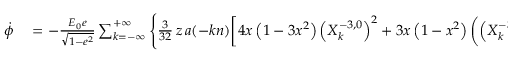
\begin{array} { r l } { \dot { \phi } } & { { } = - \frac { { \cal E } _ { 0 } e } { \sqrt { 1 - e ^ { 2 } } } \sum _ { k = - \infty } ^ { + \infty } \Bigg \{ \frac { 3 } { 3 2 } \, z \, a ( - k n ) \bigg [ 4 x \left( 1 - 3 x ^ { 2 } \right) \left( X _ { k } ^ { - 3 , 0 } \right) ^ { 2 } + 3 x \left( 1 - x ^ { 2 } \right) \left( \left( X _ { k } ^ { - 3 , - 2 } \right) ^ { 2 } + \left( X _ { k } ^ { - 3 , 2 } \right) ^ { 2 } \right) } \end{array}